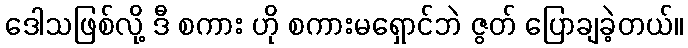
ဒေါသဖြစ်လို့ ဒီ စကား ဟို စကားမရှောင်ဘဲ ဇွတ် ပြောချခဲ့တယ်။